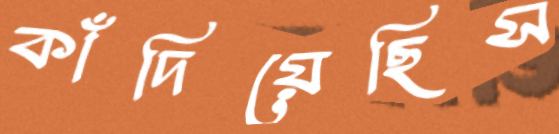
কাঁদিয়েছিস